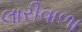
લારીવાળા